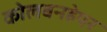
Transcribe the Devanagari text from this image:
कोलबनहेयर